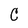
Character: C